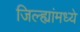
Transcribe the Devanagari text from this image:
जिल्ह्यांंमध्ये